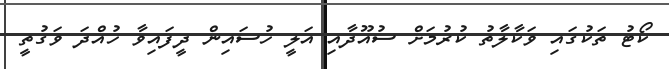
ކޯޓު ތަކުގައި ވަކާލާތު ކުރުމަށް ސުއޫދާއި އަލީ ހުސައިން ދީފައިވާ ހުއްދަ ވަގުތީ